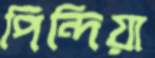
পিন্দিয়া